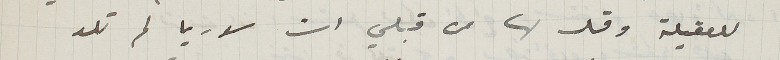
للعقيلة وقل لها من قبلي ان سوريا لم تلد